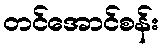
တင်အောင်စန်း